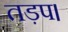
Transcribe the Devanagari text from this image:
तड़प।